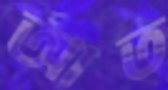
আত